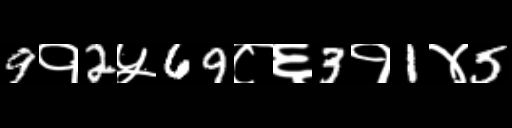
Text: 9१2५69८६3१1४5